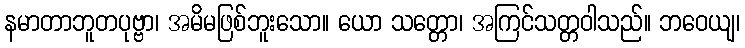
နမာတာဘူတပုဗ္ဗာ၊ အမိမဖြစ်ဘူးသော။ ယော သတ္တော၊ အကြင်သတ္တဝါသည်။ ဘဝေယျ၊